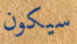
سيكون